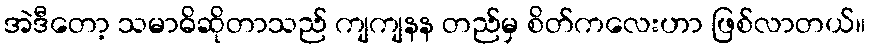
အဲဒီတော့ သမာဓိဆိုတာသည် ကျကျနန တည်မှ စိတ်ကလေးဟာ ဖြစ်လာတယ်။